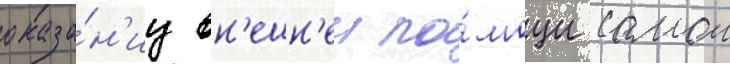
оказа́н'иу вн'ешн'еи по́мощи самои